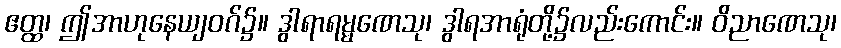
ဧတ္ထ၊ ဤအာဟုနေယျဝဂ်၌။ ဒွါရာရမ္မဏေသု၊ ဒွါရအာရုံတို့၌လည်းကောင်း။ ဝိညာဏေသု၊